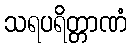
သရပရိတ္တာဏံ